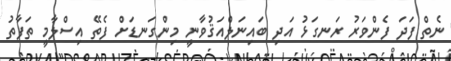
ނެތް ފަދަ ފެންވަރު ރަނގަޅު އަދި ބައިނަލްއަޤުވާނީ މިންގަނޑަށް ފެތޭ އިސްލާމީ ތަފާތު